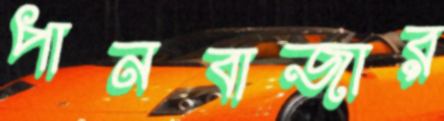
পানবাজার